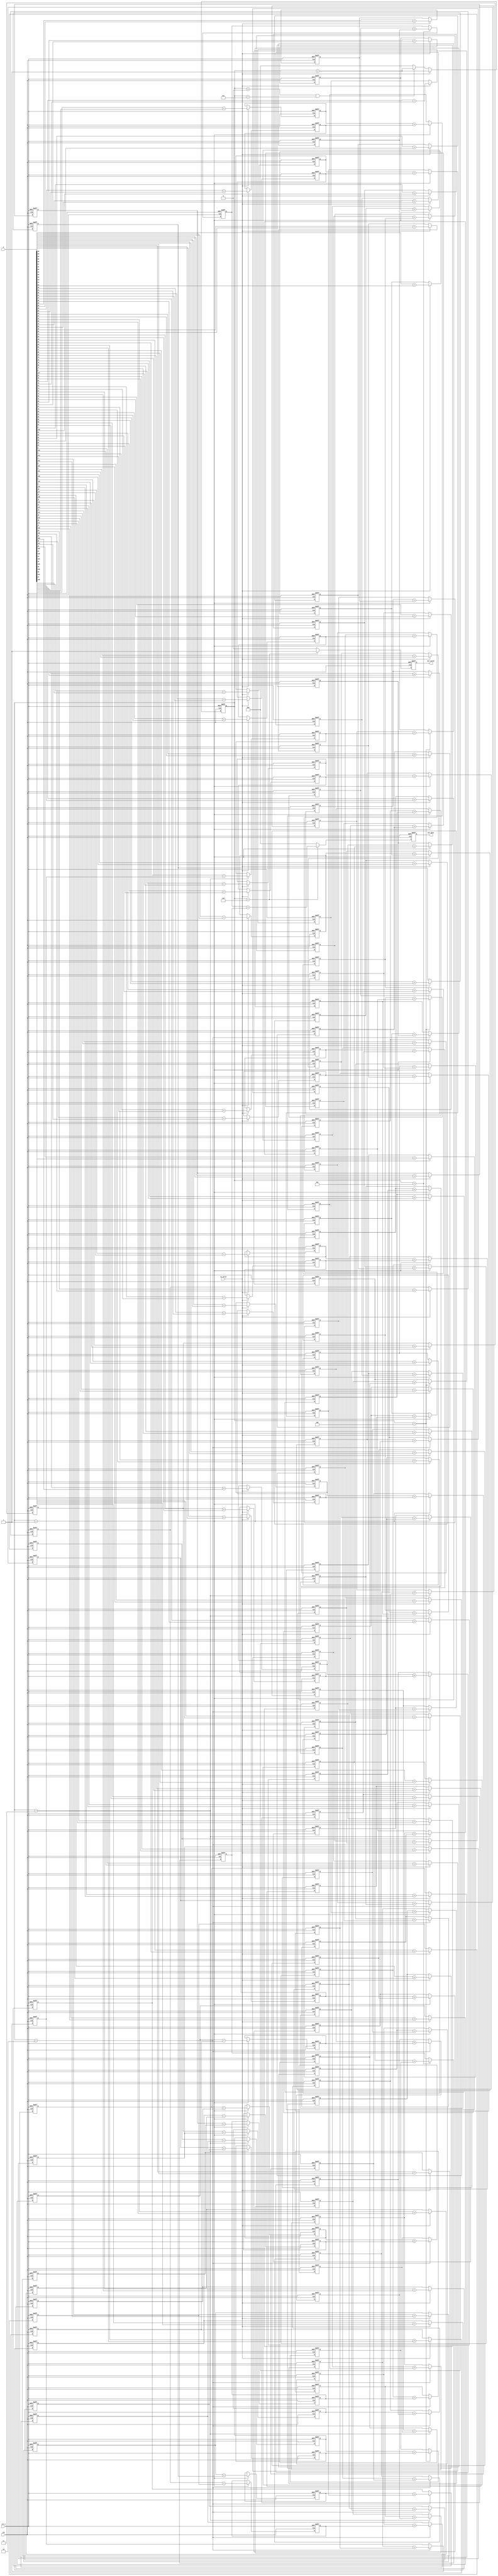
module AT(
        clk,
        rst_n,

        in_valid,
        A,
        
        out_valid,
        out_data
        
);
// ===============================================================
// Input & Output Declaration
// ===============================================================
input clk,rst_n;
input	 [127:0]A;
input in_valid;
output	reg [7:0]out_data;
output  reg out_valid;

reg [7:0]count2;

reg	 [127:0]As;
reg [7:0]ans;
reg [7:0]SA,SB,SC,SD;

reg count;


wire [63:0]A1;
wire [63:0]B,C,D;

assign A1=A[31:0];
assign B=A[63:32];
assign C=A[95:64];
assign D=A[127:96];
// ===============================================================
// Input & Output Declaration
// ===============================================================
genvar i;
generate
for ( i=0 ;i<64 ;i=i+1 ) begin:s2
reg [1:0]s2bit;
always @(posedge clk, negedge rst_n) begin
	if (!rst_n) begin
		s2bit<=0;
	end
	else begin
	if(in_valid)begin
	   s2bit<=A[i]+A[127-i];   
	end
	else begin
           s2bit<=s2bit;
	end	
        end
end
end
endgenerate
generate
for ( i=0 ;i<32 ;i=i+1 ) begin:s3
reg [2:0]s3bit;
always @(posedge clk, negedge rst_n) begin
	if (!rst_n) begin
		s3bit<=0;
	end
	else begin
	if(count2==1)begin
	   s3bit<= s2[i].s2bit+ s2[63-i].s2bit;   
	end
	else begin
           s3bit<=s3bit;
	end	
        end
end
end
endgenerate
generate
for ( i=0 ;i<16 ;i=i+1 ) begin:s4
reg [3:0]s4bit;
always @(posedge clk, negedge rst_n) begin
	if (!rst_n) begin
		s4bit<=0;
	end
	else begin
	if(count2==2)begin
	   s4bit<= s3[i].s3bit+ s3[31-i].s3bit;   
	end
	else begin
           s4bit<=s4bit;
	end	
        end
end
end
endgenerate
generate
for ( i=0 ;i<8 ;i=i+1 ) begin:s5
reg [4:0]s5bit;
always @(posedge clk, negedge rst_n) begin
        if (!rst_n) begin
		s5bit<=0;
	end
	else begin
        if(count2==3)begin
	   s5bit<= s4[i].s4bit+ s4[15-i].s4bit;  
	end
	else begin
           s5bit<=s5bit;
        end 
        end
           
end
end
endgenerate
generate
for ( i=0 ;i<4 ;i=i+1 ) begin:s6
reg [5:0]s6bit;
always @(posedge clk, negedge rst_n) begin
        if (!rst_n) begin
		s6bit<=0;
	end
	else begin
        if(count2==4)begin
	   s6bit<= s5[i].s5bit+ s5[7-i].s5bit;  
	end
	else begin
           s6bit<=s6bit;
        end   
        end
end     
end
endgenerate
generate
for ( i=0 ;i<2 ;i=i+1 ) begin:s7
reg [6:0]s7bit;
always @(posedge clk, negedge rst_n) begin
        if (!rst_n) begin
		s7bit<=0;
	end
	else begin
        if(count2==5)begin
	   s7bit<= s6[i].s6bit+ s6[3-i].s6bit; 
	end
	else begin
           s7bit<=s7bit;
        end   
        end
end
end
endgenerate
// always @(posedge clk, negedge rst_n) begin
// 	if (!rst_n) begin
// 		ans<=0;
// 	end
// 	else begin
// 		if(count2==6)begin
// 			//ans<=s8[0].s8bit +s8[1].s8bit;
//                           ans<=s7[0].s7bit+ s7[1].s7bit;      
// 		end
// 		else begin
// 			ans<=ans;
// 		end	
// 	end
// end
// ===============================================================
// 
// ===============================================================
always @(posedge clk, negedge rst_n) begin
	if (!rst_n) begin
	        count2<=0;
	end
	else begin
                if (in_valid)count2<=count2+1;
                else if (count2>0 && count2<7)count2<=count2+1;
	        else count2<=0;
	end
end
// always @(posedge clk, negedge rst_n) begin
// 	if (!rst_n) begin
// 	        count<=0;
// 	end
// 	else begin
//                 if (in_valid)count<=count+1;
//                 //else if (count>0 && count<3)
// 	        else count<=0;
// 	end
// end

// always @(posedge clk, negedge rst_n) begin
// 	if (!rst_n) begin
// 		SA<=0;
// 	end
// 	else begin
// 		if(in_valid)begin
// 			SA<=A1[0]+A1[1]+A1[2]+A1[3]+A1[4]+A1[5]+A1[6]+A1[7]
// 				+A1[8]+A1[9]+A1[10]+A1[11]+A1[12]+A1[13]+A1[14]+A1[15]
// 				+A1[16]+A1[17]+A1[18]+A1[19]+A1[20]+A1[21]+A1[22]+A1[23]
// 				+A1[24]+A1[25]+A1[26]+A1[27]+A1[28]+A1[29]+A1[30]+A1[31];
                                
// 		end
// 		else begin
// 			SA<=SA;
// 		end	
// 	end
// end
// always @(posedge clk, negedge rst_n) begin
// 	if (!rst_n) begin
// 		SB<=0;
// 	end
// 	else begin
// 	        if(in_valid)begin
// 			SB<=B[0]+B[1]+B[2]+B[3]+B[4]+B[5]+B[6]+B[7]
// 				+B[8]+B[9]+B[10]+B[11]+B[12]+B[13]+B[14]+B[15]
// 				+B[16]+B[17]+B[18]+B[19]+B[20]+B[21]+B[22]+B[23]
// 				+B[24]+B[25]+B[26]+B[27]+B[28]+B[29]+B[30]+B[31];
// 		end
// 		else begin
// 			SB<=SB;
// 		end
// 	end
// end
// always @(posedge clk, negedge rst_n) begin
// 	if (!rst_n) begin
// 		SC<=0;
// 	end
// 	else begin
// 	        if(in_valid)begin
// 			SC<=C[0]+C[1]+C[2]+C[3]+C[4]+C[5]+C[6]+C[7]
// 				+C[8]+C[9]+C[10]+C[11]+C[12]+C[13]+C[14]+C[15]
// 				+C[16]+C[17]+C[18]+C[19]+C[20]+C[21]+C[22]+C[23]
// 				+C[24]+C[25]+C[26]+C[27]+C[28]+C[29]+C[30]+C[31];
// 		end
// 		else begin
// 			SC<=SC;
// 		end
// 	end
// end
// always @(posedge clk, negedge rst_n) begin
// 	if (!rst_n) begin
// 		SD<=0;
// 	end
// 	else begin
// 	        if(in_valid)begin
// 			SD<=D[0]+D[1]+D[2]+D[3]+D[4]+D[5]+D[6]+D[7]
// 				+D[8]+D[9]+D[10]+D[11]+D[12]+D[13]+D[14]+D[15]
// 				+D[16]+D[17]+D[18]+D[19]+D[20]+D[21]+D[22]+D[23]
// 				+D[24]+D[25]+D[26]+D[27]+D[28]+D[29]+D[30]+D[31];
// 		end
// 		else begin
// 			SD<=SD;
// 		end
// 	end
// end
always @(posedge clk, negedge rst_n) begin
	if (!rst_n) begin
		out_data<=0;
	end
	else begin
	        // if(count==1)begin
		// 	out_data<=SA+SB+SC+SD;
                //         //out_data<=ans;
	        // end
		// else begin
		// 	out_data<=0;
		// end
                if(count2==6)begin
			out_data<=s7[0].s7bit+ s7[1].s7bit;
                        //out_data<=ans;
	        end
		else begin
			out_data<=0;
		end
	end
end
always @(posedge clk, negedge rst_n) begin
	if (!rst_n) begin
		out_valid<=0;
	end
	else begin
		// if(count==1)begin
		// 	out_valid<=1;
		// end
		// else begin
		// 	out_valid<=0;
		// end
                if(count2==6)begin
			out_valid<=1;
		end
		else begin
			out_valid<=0;
		end
	end
end	
	
endmodule